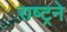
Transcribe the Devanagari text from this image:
राष्ट्रने